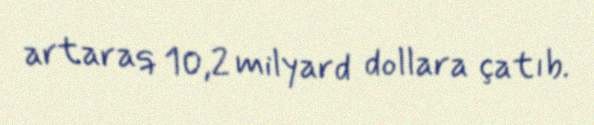
artaraq 10,2 milyard dollara çatıb.